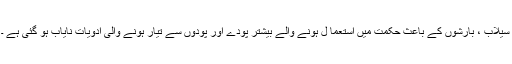
سیلاب ، بارشوں کے باعث حکمت میں استعما ل ہونے والے بیشتر پودے اور پودوں سے تیار ہونے والی ادویات نایاب ہو گئی ہے ۔